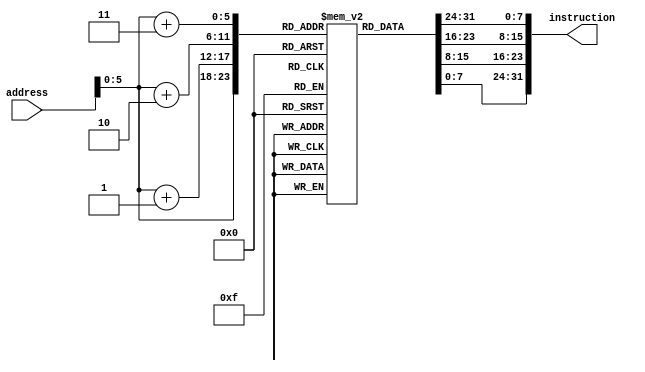
`timescale 1ns / 1ps
//////////////////////////////////////////////////////////////////////////////////
// Company: 
// Engineer: 
// 
// Design Name: 
// Module Name: InstMemory
// Project Name: 
// Target Devices: 
// Tool Versions: 
// Description: 
// 
// Dependencies: 
// 
// Revision:
// Revision 0.01 - File Created
// Additional Comments:
// 
//////////////////////////////////////////////////////////////////////////////////


module InstMemory(
    input [31:0] address,
    output [31:0] instruction
    );
    
    reg [7:0] instrFile[0:63];
    
    initial begin
                
    instrFile[0] = 8'b00000000;
    instrFile[1] = 8'b00000000;
    instrFile[2] = 8'b00000001;
    instrFile[3] = 8'b10001100;
    instrFile[4] = 8'b00000100;
    instrFile[5] = 8'b00000000;
    instrFile[6] = 8'b00000010;
    instrFile[7] = 8'b10001100;
    instrFile[8] = 8'b00001000;
    instrFile[9] = 8'b00000000;
    instrFile[10] = 8'b00000011;
    instrFile[11] = 8'b10001100;
    instrFile[12] = 8'b00100000;
    instrFile[13] = 8'b00001000;
    instrFile[14] = 8'b00100010;
    instrFile[15] = 8'b00000000;
    instrFile[16] = 8'b00100101;
    instrFile[17] = 8'b00100000;
    instrFile[18] = 8'b00100010;
    instrFile[19] = 8'b00000000;
    instrFile[20] = 8'b00101010;
    instrFile[21] = 8'b00101000;
    instrFile[22] = 8'b01100100;
    instrFile[23] = 8'b00000000;
    instrFile[24] = 8'b00001100;
    instrFile[25] = 8'b00000000;
    instrFile[26] = 8'b00000100;
    instrFile[27] = 8'b10101100;
    instrFile[28] = 8'b11111011;
    instrFile[29] = 8'b11111111;
    instrFile[30] = 8'b01000011;
    instrFile[31] = 8'b00010000;
    instrFile[32] = 8'b00000000;
    instrFile[33] = 8'b00000000;
    instrFile[34] = 8'b00000000;
    instrFile[35] = 8'b00001000;
    end
    
    assign instruction = {instrFile[address+3], instrFile[address+2], instrFile[address+1], instrFile[address]};
    
endmodule